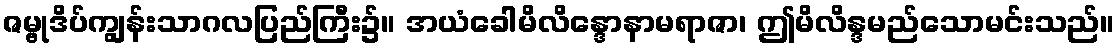
ဇမ္ဗုဒိပ်ကျွန်းသာဂလပြည်ကြီး၌။ အယံခေါမိလိန္ဒောနာမရာဇာ၊ ဤမိလိန္ဒမည်သောမင်းသည်။